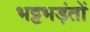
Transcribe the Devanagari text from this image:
भट्टभड़ंतों